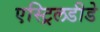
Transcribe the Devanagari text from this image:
एस्ट्रिलडीडे